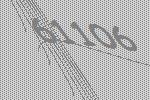
61106